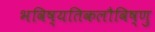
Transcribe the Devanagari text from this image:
भविष्यतिकलौविष्णु